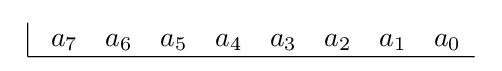
{\begin{array}{cc}{\begin{array}{|rrrrrrrr}\ a_{7}&a_{6}&a_{5}&a_{4}&a_{3}&a_{2}&a_{1}&a_{0}\\\hline \end{array}}\end{array}}